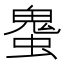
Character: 𰳒